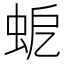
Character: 𧉵